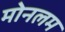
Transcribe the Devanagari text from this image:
मोनलम